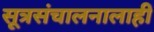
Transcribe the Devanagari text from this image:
सूत्रसंचालनालाही